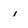
Character: i